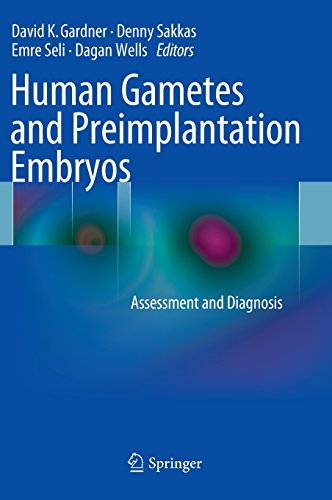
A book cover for Human Gametes and Preimplantation Embryos: Assessment and Diagnosis; Health, Fitness & Dieting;